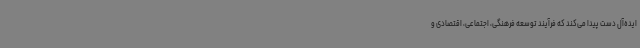
ایده‌آل دست پیدا می‌کند که فرآیند توسعه فرهنگی، اجتماعی، اقتصادی و